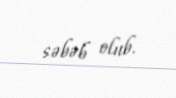
səbəb olub.